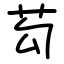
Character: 芶